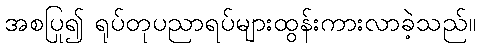
အစပြု၍ ရုပ်တုပညာရပ်များထွန်းကားလာခဲ့သည်။